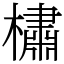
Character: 橚